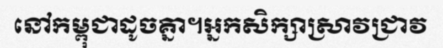
នៅកម្ពុជាដូចគ្នា។អ្នកសិក្សាស្រាវជ្រាវ